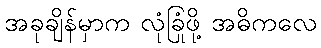
အခုချိန်မှာက လုံခြုံဖို့ အဓိကလေ